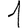
Digit: 1